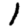
Digit: 1